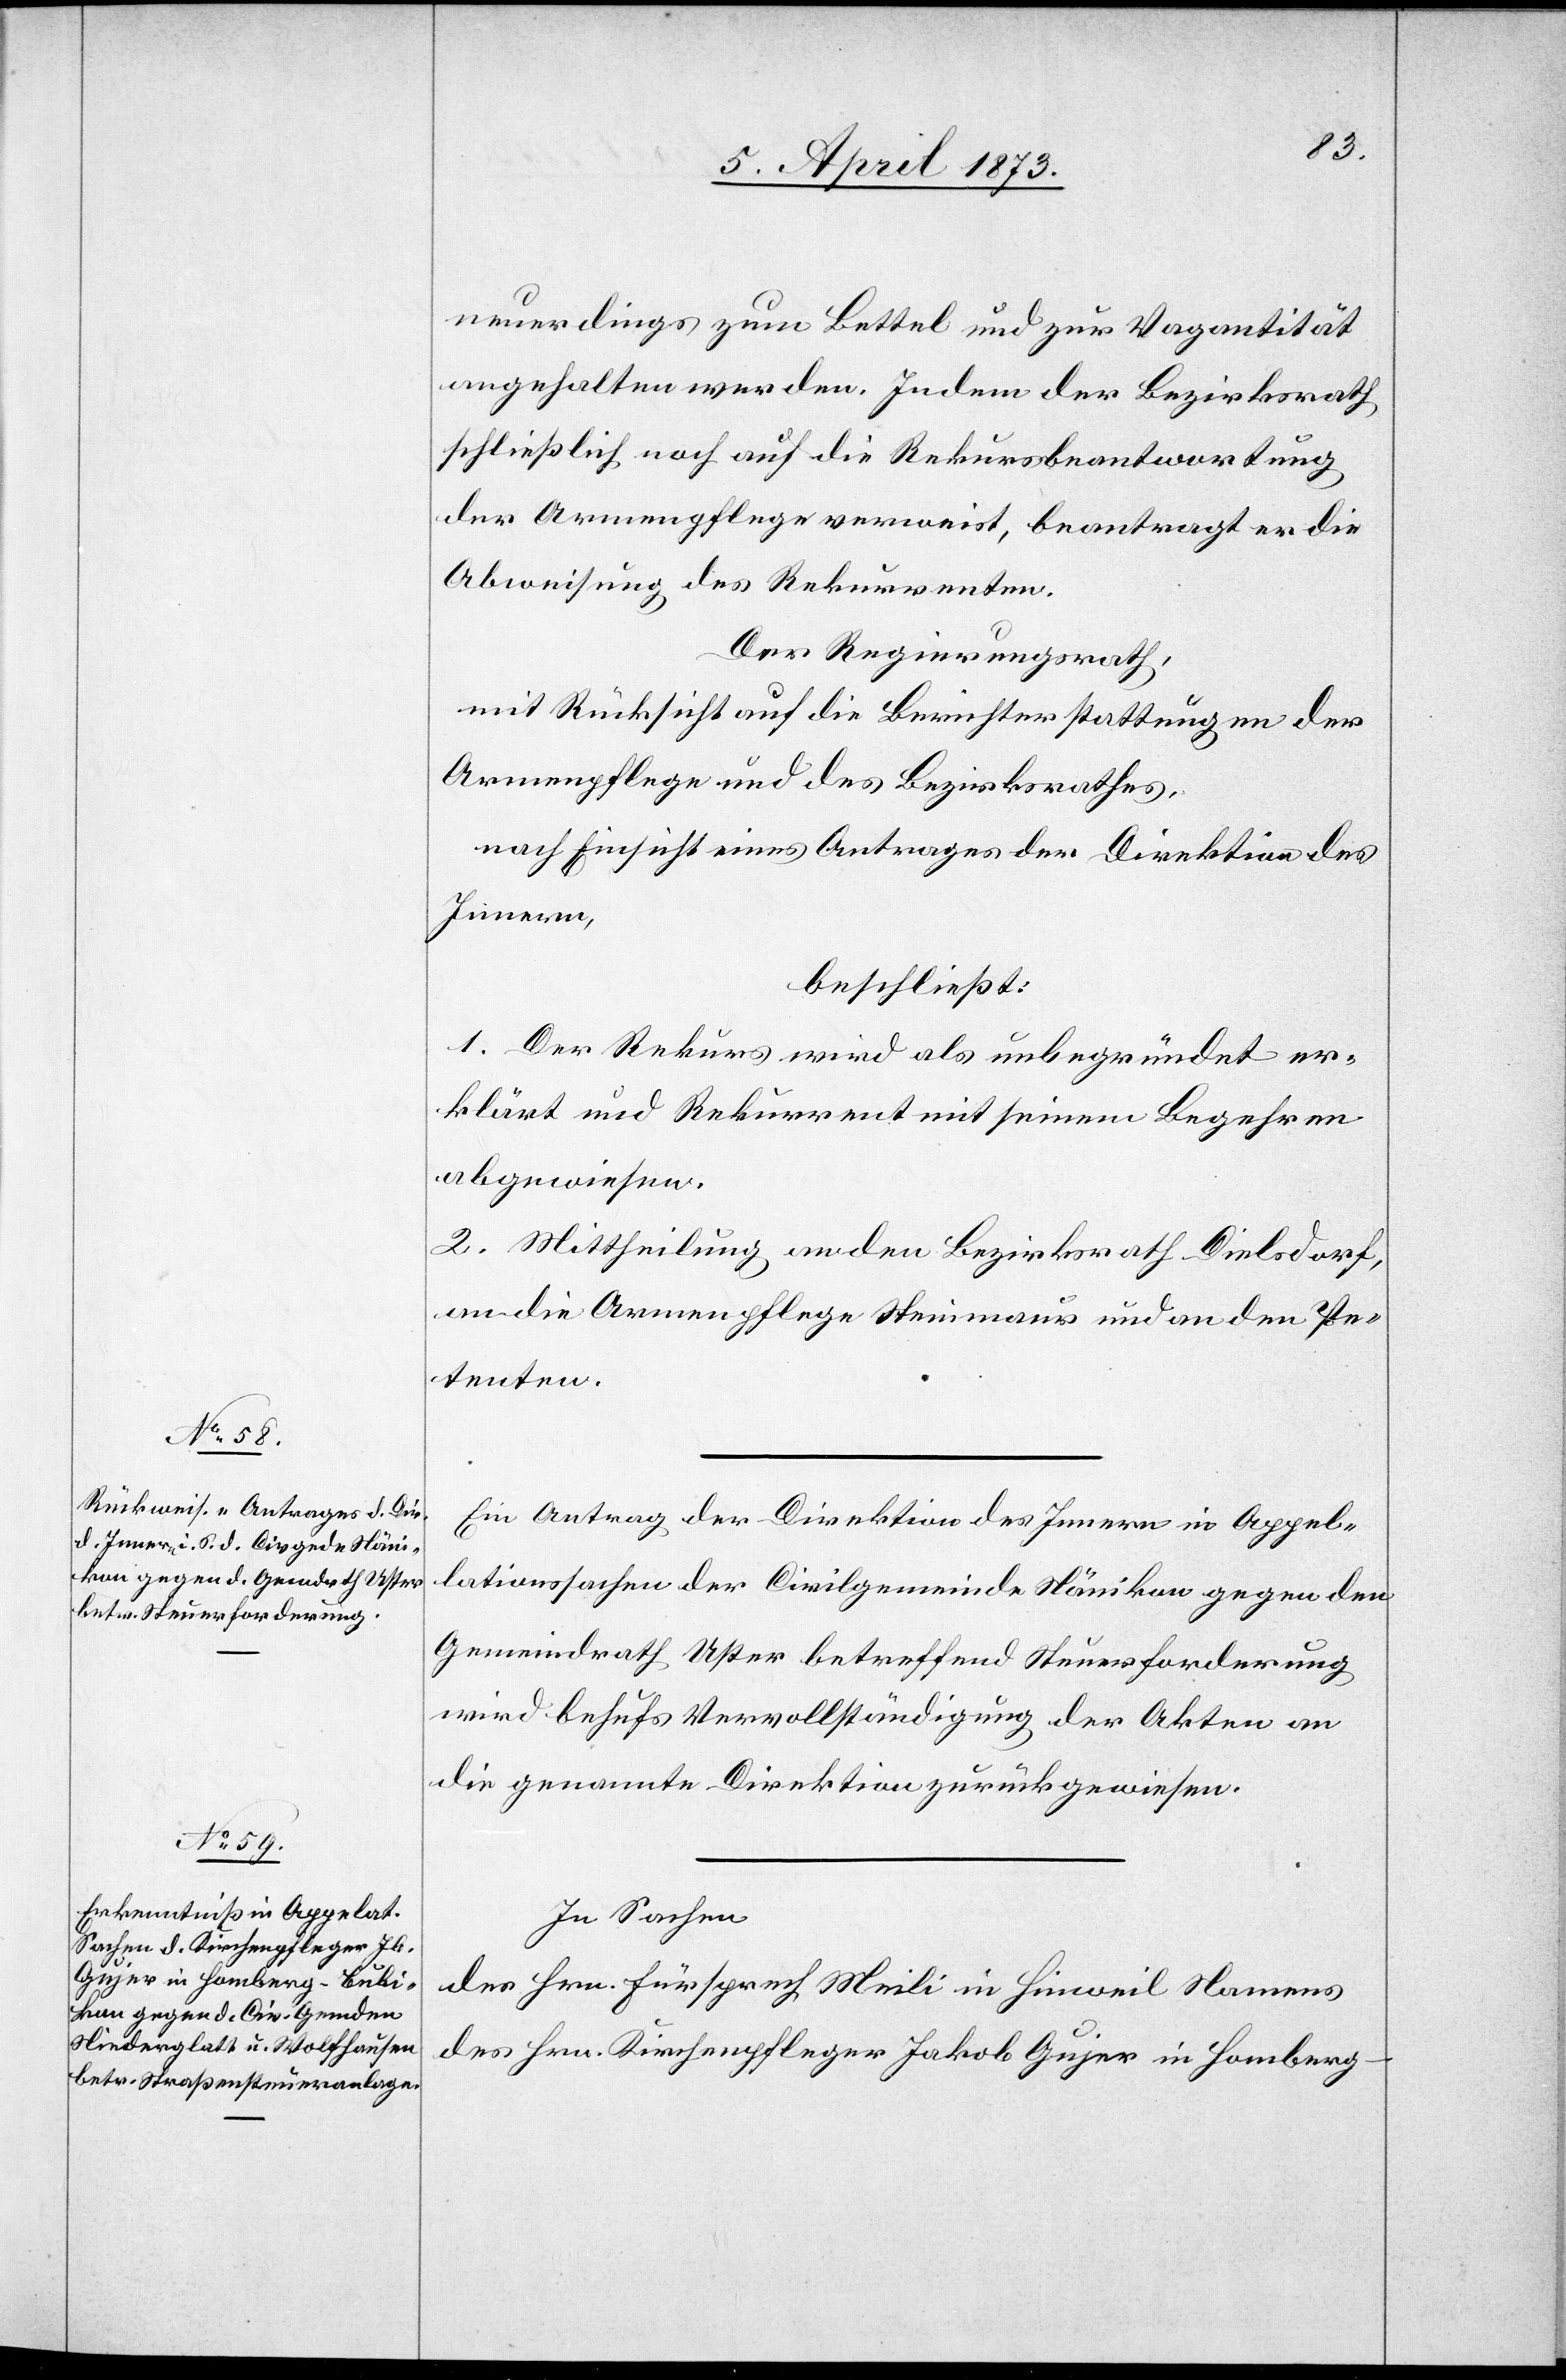
neuerdings zum Bettel und zur Vagantität
angehalten werden. Indem der Bezirksrath
schließlich noch auf die Rekursbeantwortung
der Armenpflege verweist, beantragt er die
Abweisung des Rekurrenten.
Der Regierungsrath,
mit Rücksicht auf die Berichterstattungen der
Armenpflege und des Bezirksrathes,
nach Einsicht eines Antrages der Direktion des
Innern,
beschließt:
1. Der Rekurs wird als unbegründet er¬
klärt und Rekurrent mit seinem Begehren
abgewiesen.
2. Mittheilung an den Bezirksrath Dielsdorf,
an die Armenpflege Steinmaur und an den Pe¬
tenten.
Ein Antrag der Direktion des Innern in Appel¬
lationsachen der Civilgemeinde Nänikon gegen den
Gemeindrath Uster betreffend Steuerforderung
wird behufs Vervollständigung der Akten an
die genannte Direktion zurückgewiesen.
In Sachen
des Hrn. Fürsprech Meili in Hinweil Namens
des Hrn. Kirchenpfleger Jakob Gujer in Homberg-